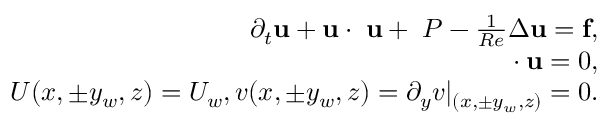
\begin{array} { r } { \partial _ { t } \mathbf { u } + \mathbf { u } \cdot \mathbf { \nabla } \mathbf { u } + \mathbf { \nabla } P - \frac { 1 } { R e } \Delta \mathbf { u } = \mathbf { f } , } \\ { \mathbf { \nabla } \cdot \mathbf { u } = 0 , } \\ { U ( x , \pm y _ { w } , z ) = U _ { w } , v ( x , \pm y _ { w } , z ) = \partial _ { y } v | _ { ( x , \pm y _ { w } , z ) } = 0 . } \end{array}